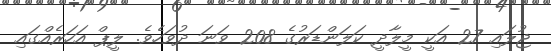
ޖުލައި 27 އަކީ މީލާދީ ކަލަންޑަރުގެ 208 ވަނަ ދުވަހެވެ. ލީޕް އަހަރެއްގައި